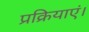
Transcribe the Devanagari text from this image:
प्रक्रियाएं।